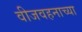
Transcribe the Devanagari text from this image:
वीजवहनाच्या